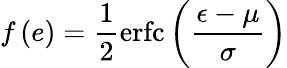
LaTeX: f\left(e\right)=\frac{1}{2}\operatorname{erfc}\left(\frac{\epsilon-\mu}{\sigma}\right)